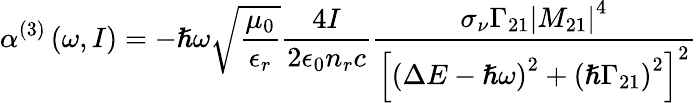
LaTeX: \alpha^{(3)}\left(\omega,I\right)=-\hslash\omega\sqrt{\frac{\mu_{0}}{\epsilon_{r}}}\frac{4I}{2\epsilon_{0}n_{r}c}\frac{\sigma_{\nu}\Gamma_{21}\left\vert M_{21}\right\vert^{4}}{\left[\left(\Delta E-\hslash\omega\right)^{2}+\left(\hslash\Gamma_{21}\right)^{2}\right]^{2}}